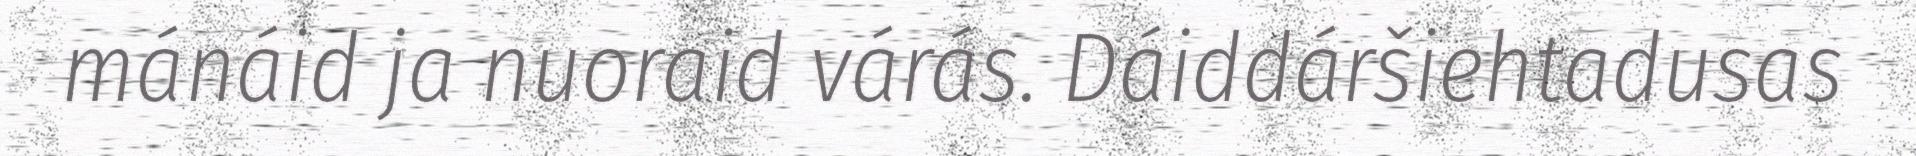
mánáid ja nuoraid várás. Dáiddáršiehtadusas